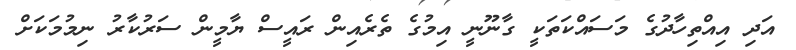
އަދި އިއްތިހާދުގެ މަސައްކަތަކީ ގާނޫނީ އިމުގެ ތެރެއިން ރައީސް ޔާމީން ސަރުކާރު ނިމުމަކަށް